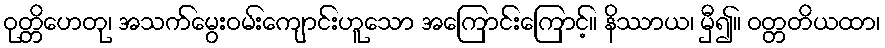
ဝုတ္တိဟေတု၊ အသက်မွေးဝမ်းကျောင်းဟူသော အကြောင်းကြောင့်။ နိဿာယ၊ မှီ၍။ ဝတ္တတိယထာ၊